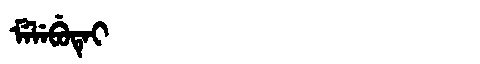
Manchu: ᠮᡝᠯᡝᠪᡠᡨᡝᡳ
Romanization: MELEBUTEI